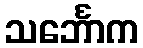
သင်္ဘောက